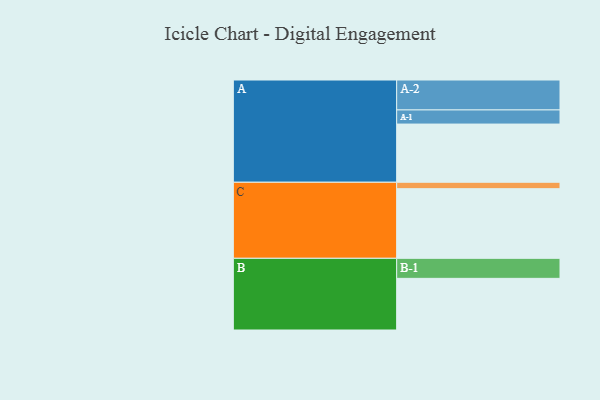
{"axis": {"x": "Segment", "y": "Value"}, "legend": ["", "A", "B", "C"], "data": [{"x": "A", "y": 453, "type": ""}, {"x": "B", "y": 402, "type": ""}, {"x": "C", "y": 542, "type": ""}, {"x": "A-1", "y": 110, "type": "A"}, {"x": "A-2", "y": 233, "type": "A"}, {"x": "B-1", "y": 156, "type": "B"}, {"x": "C-1", "y": 50, "type": "C"}]}